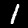
Digit: 1